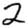
Digit: 2